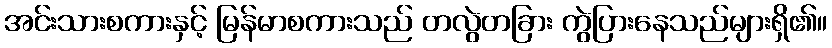
အင်းသားစကားနှင့် မြန်မာစကားသည် တလွဲတခြား ကွဲပြားနေသည်များရှိ၏။